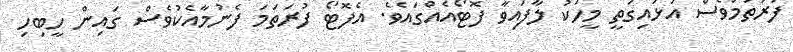
ފުރަތަމަވެސް އަޅައިގަތީ މީހަކު ލާފައިވާ ފޮޓޯއެއްގައެވެ. އެފޮޓޯ ފުރަތަމަ ފެނުމާއެކުވެސް ގައިން ހީބިހި